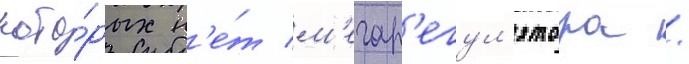
кото́рых н'е́т м'егар'егул'ятора /